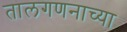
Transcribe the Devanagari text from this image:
तालगणनाच्या